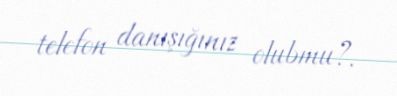
telefon danışığınız olubmu?.